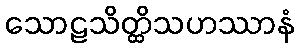
သောဠသိတ္ထိသဟဿာနံ